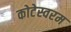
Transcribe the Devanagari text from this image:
कोटेस्वरम